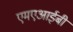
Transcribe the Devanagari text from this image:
एमएआईबी